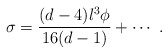
\begin{align*}\sigma = \frac{(d-4) l^3 \phi}{16(d-1)} + \cdots~.\end{align*}